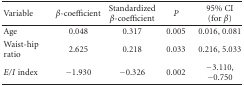
<table><thead><tr><td><b>Variable</b></td><td><b><i>β</i>-coefficient</b></td><td><b>Standardized <i>β</i>-coefficient</b></td><td><b><i>P</i></b></td><td><b>95% CI (for <i>β</i>)</b></td></tr></thead><tbody><tr><td>Age</td><td>0.048</td><td>0.317</td><td>0.005</td><td>0.016, 0.081</td></tr><tr><td>Waist-hip ratio</td><td>2.625</td><td>0.218</td><td>0.033</td><td>0.216, 5.033</td></tr><tr><td><i>E</i>/<i>I</i> index</td><td>−1.930</td><td>−0.326</td><td>0.002</td><td>−3.110, −0.750</td></tr></tbody></table>